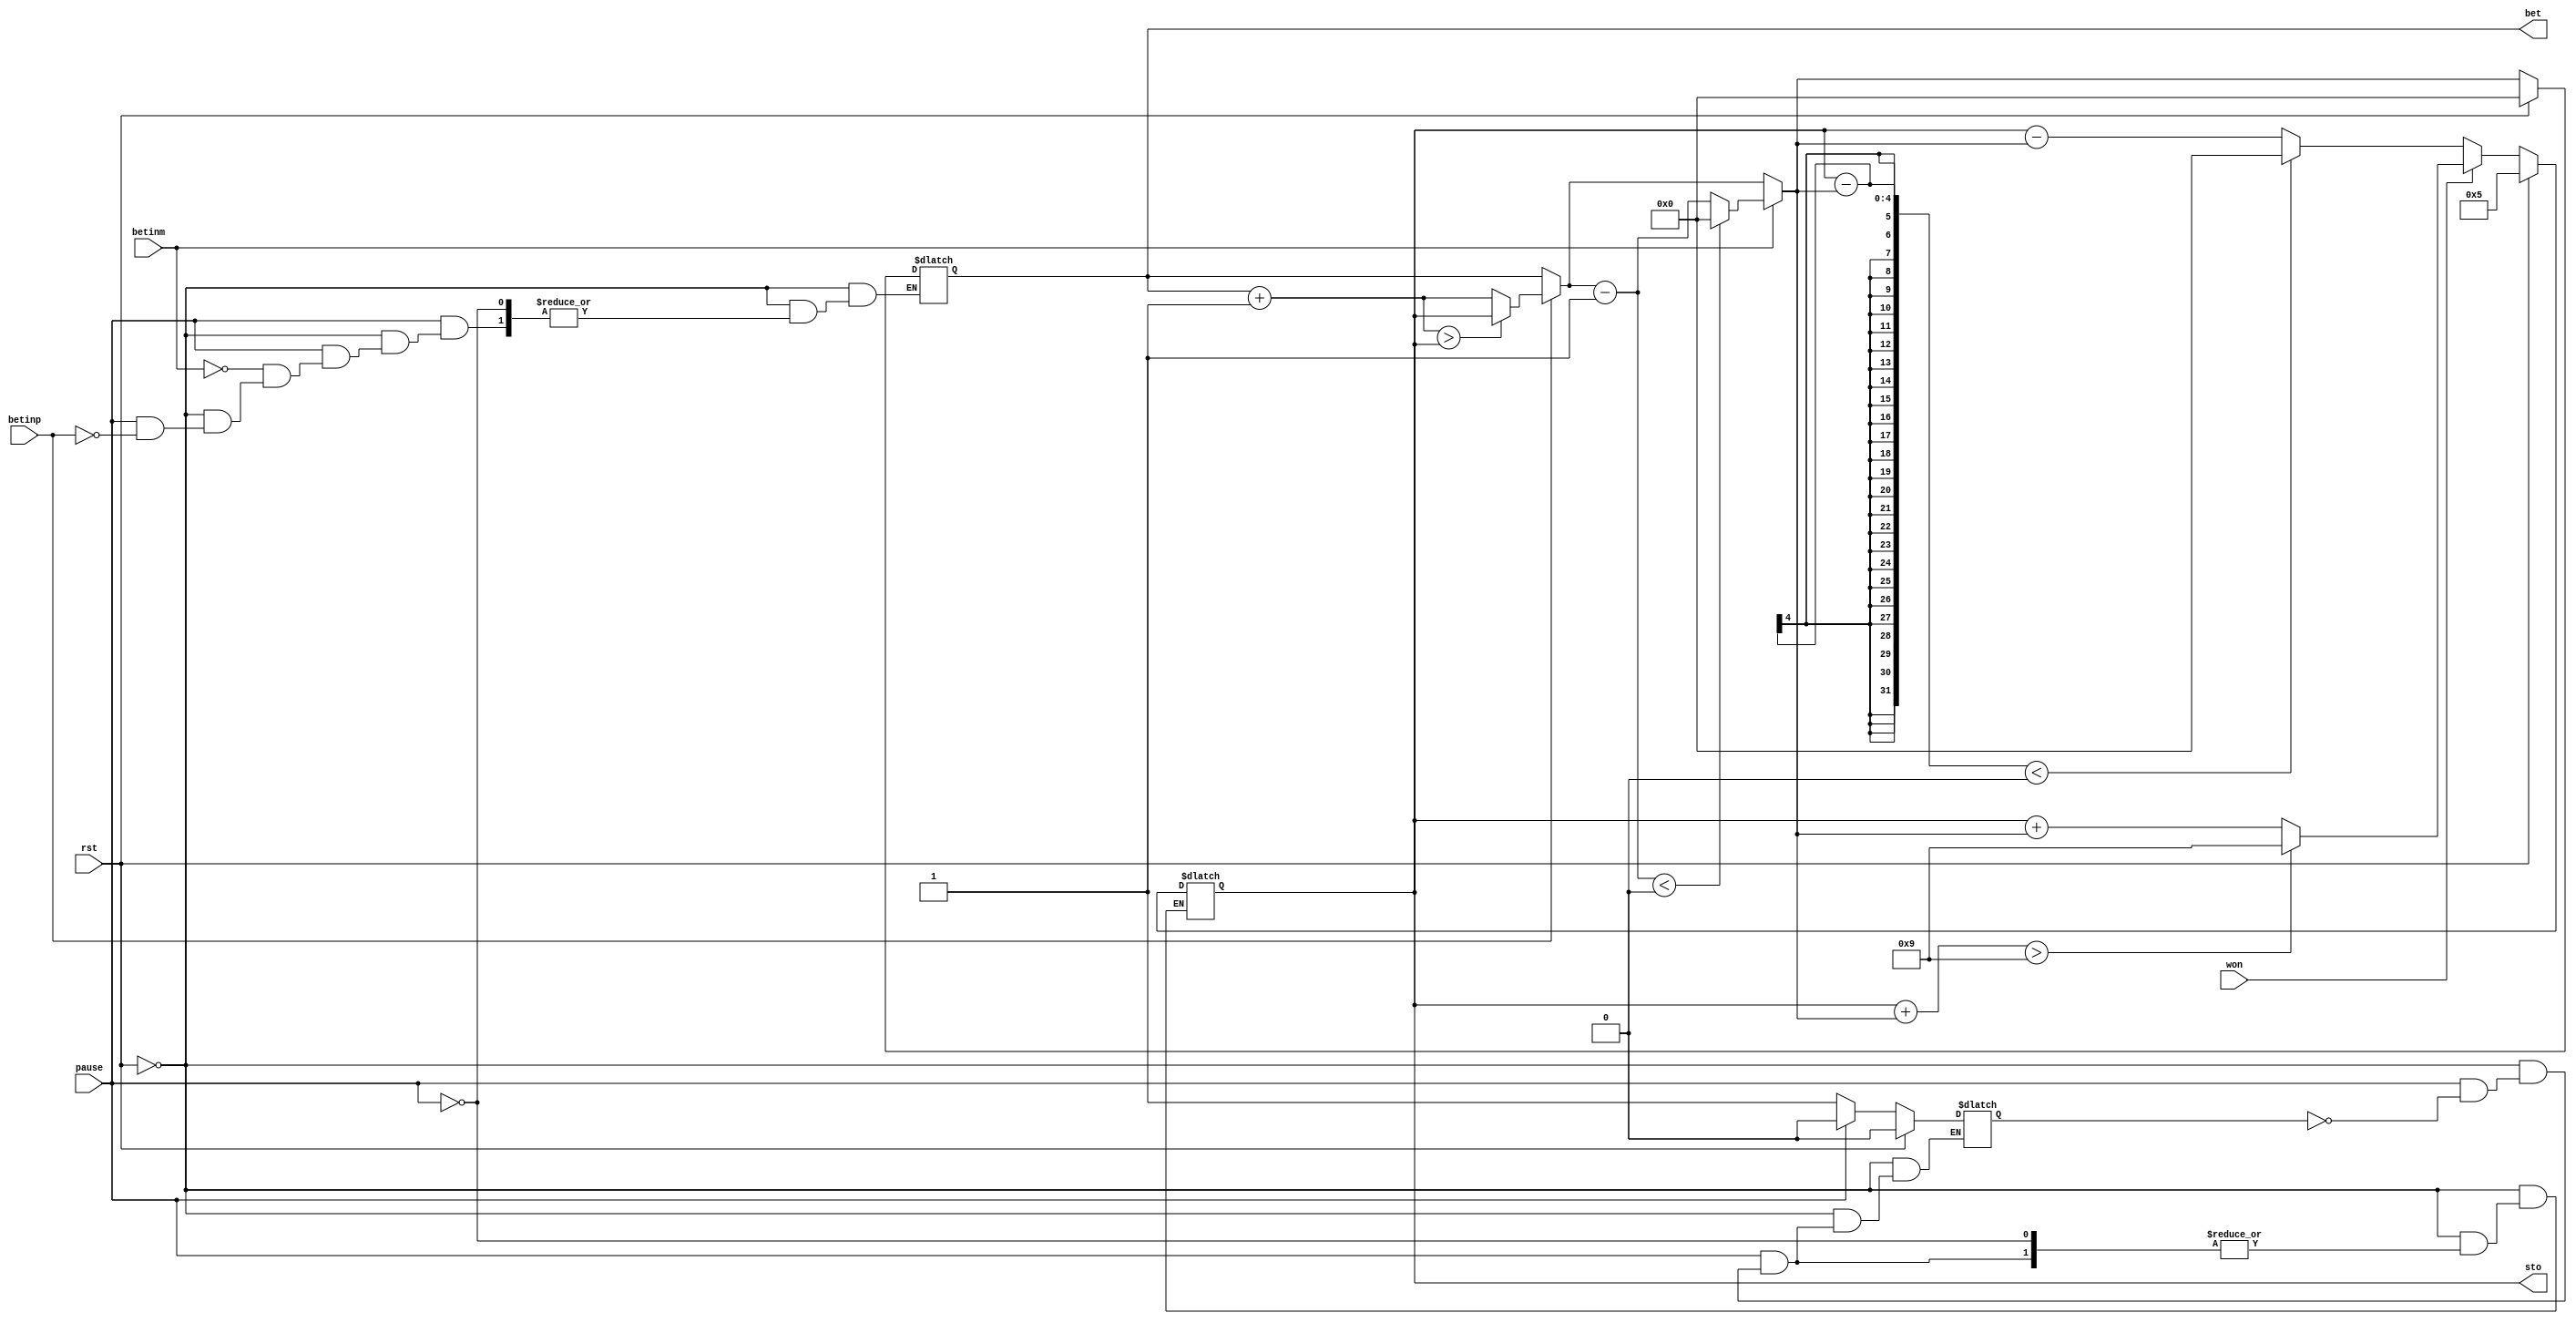
module modex (betinp, pause, betinm, won, rst, bet, sto);

input betinp, betinm, won, rst, pause;
output reg [3:0] bet;	//the money we bet
output reg [3:0] sto;	//the money we have

reg running = 0;

initial sto = 5;
initial bet = 0;

always@ (*) begin

	if (rst) begin
		sto = 5;
		bet = 0;
		running = 0;
	end
	
	else if (pause) begin	// we can bet only when the game is not running
		if (betinp) begin		//bet more
			bet = bet + 4'd1;
			if (bet > sto) bet = sto;
		end
		if(betinm) begin 		//decrease money
			bet = bet - 4'd1;
			if(bet < 0) bet = 0;
		end
		if (running) begin //the game has ran
			running = 0;
			if(won) begin
				if(sto + bet > 9) sto = 9;
				else sto = sto + bet;
			end
		
			else begin
				if(sto - bet < 0) sto = 0;
				else sto = sto - bet;
			end		
		end
	end
	
	else if (!pause) running = 1;	//the game is running
	
end

endmodule